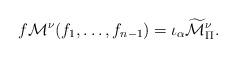
LaTeX: \begin{align*} f \mathcal{M}^\nu(f_1,\ldots,f_{n-1})= \iota_\alpha \widetilde{\mathcal{M}}_\Pi^\nu.\end{align*}